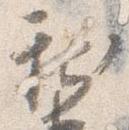
新